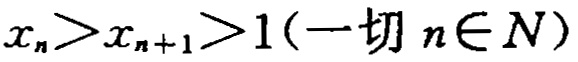
\(x_{n}>x_{n + 1}>1(一切\ n\in N)\)